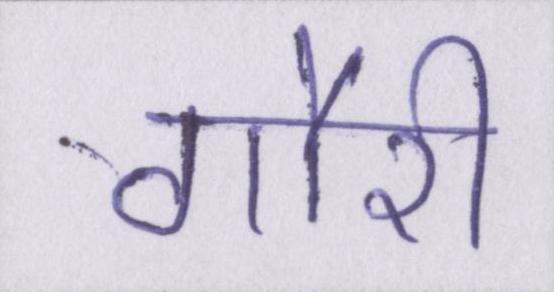
गौरी